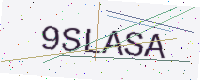
Text: 9SLASA